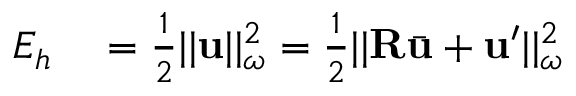
\begin{array} { r l } { E _ { h } } & { { } = \frac { 1 } { 2 } | | \mathbf { u } | | _ { \omega } ^ { 2 } = \frac { 1 } { 2 } | | \mathbf { R } \bar { \mathbf { u } } + \mathbf { u } ^ { \prime } | | _ { \omega } ^ { 2 } } \end{array}